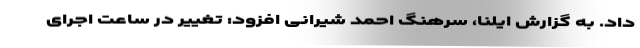
داد. به گزارش ایلنا، سرهنگ احمد شیرانی افزود: تغییر در ساعت اجرای